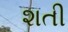
શતી